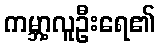
ကမ္ဘာ့လူဦးရေ၏